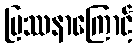
ပြဿနာကြောင့်